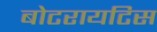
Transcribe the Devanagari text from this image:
बोटरायटिस